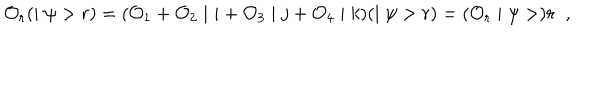
{ \cal O } _ { r } ( \mid \psi > r ) = ( { \cal O } _ { 1 } + { \cal O } _ { 2 } \mid i + { \cal O } _ { 3 } \mid j + { \cal O } _ { 4 } \mid k ) ( \mid \psi > r ) = ( { \cal O } _ { r } \mid \psi > ) r \; \; ,